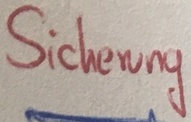
Text: Sicherung